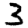
Digit: 3